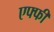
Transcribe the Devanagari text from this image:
एफ्फी